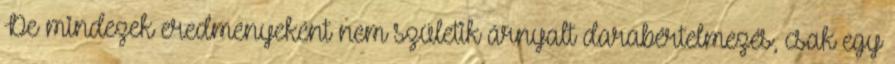
De mindezek eredményeként nem születik árnyalt darabértelmezés, csak egy